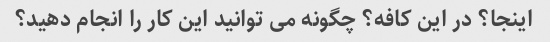
اینجا؟ در این کافه؟ چگونه می توانید این کار را انجام دهید؟